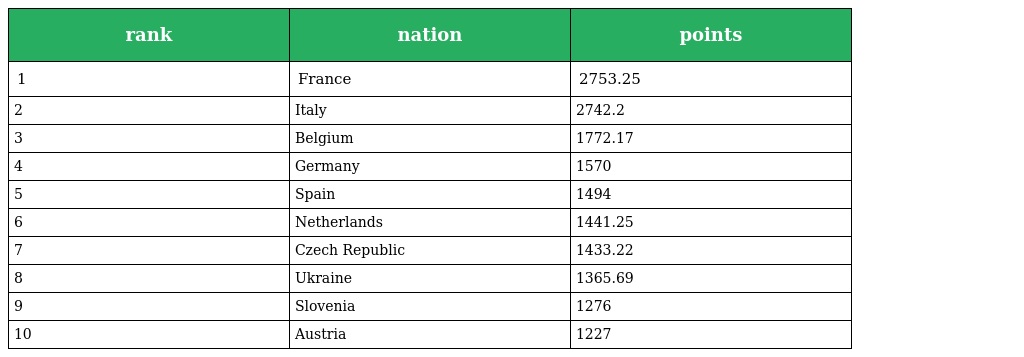
| rank | nation | points |
 | --- | --- | --- |
 | 1 | France | 2753.25 |
 | 2 | Italy | 2742.2 |
 | 3 | Belgium | 1772.17 |
 | 4 | Germany | 1570 |
 | 5 | Spain | 1494 |
 | 6 | Netherlands | 1441.25 |
 | 7 | Czech Republic | 1433.22 |
 | 8 | Ukraine | 1365.69 |
 | 9 | Slovenia | 1276 |
 | 10 | Austria | 1227 |